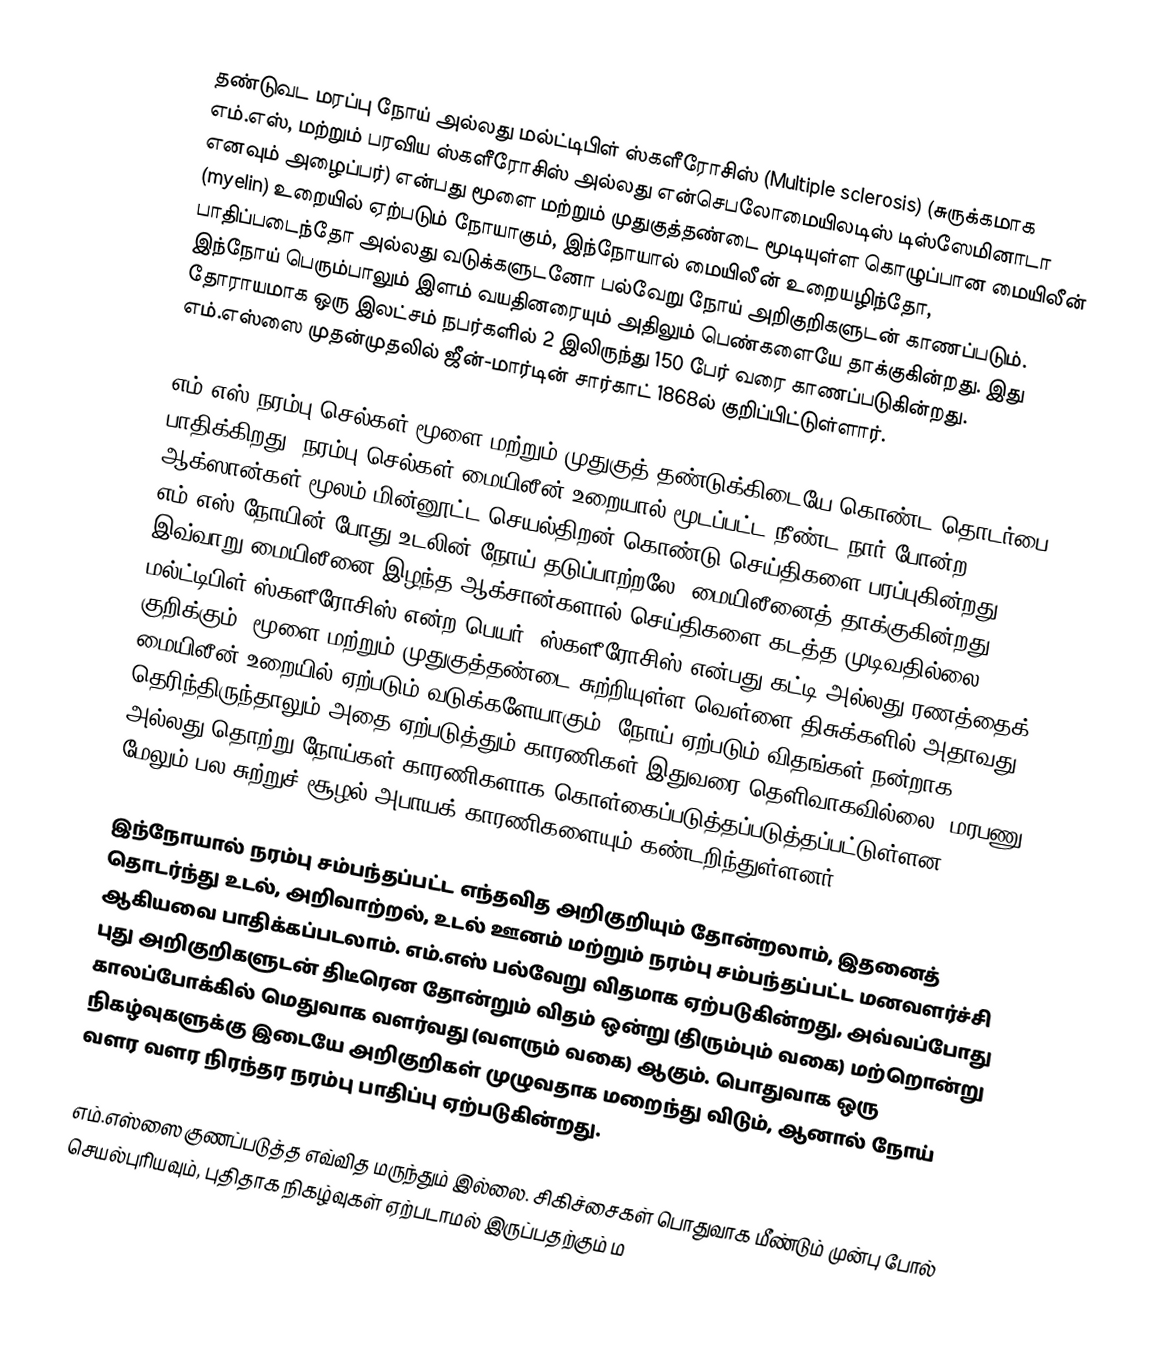
தண்டுவட மரப்பு நோய் அல்லது மல்ட்டிபிள் ஸ்களீரோசிஸ் (Multiple sclerosis) (சுருக்கமாக எம்.எஸ், மற்றும் பரவிய ஸ்களீரோசிஸ் அல்லது என்செபலோமையிலடிஸ் டிஸ்ஸேமினாடா எனவும் அழைப்பர்) என்பது மூளை மற்றும் முதுகுத்தண்டை மூடியுள்ள கொழுப்பான மையிலீன் (myelin) உறையில் ஏற்படும் நோயாகும், இந்நோயால் மையிலீன் உறையழிந்தோ, பாதிப்படைந்தோ அல்லது வடுக்களுடனோ பல்வேறு நோய் அறிகுறிகளுடன் காணப்படும். இந்நோய் பெரும்பாலும் இளம் வயதினரையும் அதிலும் பெண்களையே தாக்குகின்றது. இது தோராயமாக ஒரு இலட்சம் நபர்களில் 2 இலிருந்து 150 பேர் வரை காணப்படுகின்றது. எம்.எஸ்ஸை முதன்முதலில் ஜீன்-மார்டின் சார்காட் 1868ல் குறிப்பிட்டுள்ளார்.

எம்.எஸ் நரம்பு செல்கள் மூளை மற்றும் முதுகுத் தண்டுக்கிடையே கொண்ட தொடர்பை பாதிக்கிறது. நரம்பு செல்கள் மையிலீன் உறையால் மூடப்பட்ட நீண்ட நார் போன்ற ஆக்ஸான்கள் மூலம் மின்னூட்ட செயல்திறன் கொண்டு செய்திகளை பரப்புகின்றது. எம்.எஸ் நோயின் போது உடலின் நோய் தடுப்பாற்றலே [மையிலீனைத் தாக்குகின்றது. இவ்வாறு மையிலீனை இழந்த ஆக்சான்களால் செய்திகளை கடத்த முடிவதில்லை. மல்ட்டிபிள் ஸ்களீரோசிஸ் என்ற பெயர் (ஸ்களீரோசிஸ் என்பது கட்டி அல்லது ரணத்தைக் குறிக்கும்) மூளை மற்றும் முதுகுத்தண்டை சுற்றியுள்ள வெள்ளை திசுக்களில் அதாவது மையிலீன் உறையில் ஏற்படும் வடுக்களேயாகும். நோய் ஏற்படும் விதங்கள் நன்றாக தெரிந்திருந்தாலும் அதை ஏற்படுத்தும் காரணிகள் இதுவரை தெளிவாகவில்லை. மரபணு அல்லது தொற்று நோய்கள் காரணிகளாக கொள்கைப்படுத்தப்படுத்தப்பட்டுள்ளன. மேலும் பல சுற்றுச் சூழல் அபாயக் காரணிகளையும் கண்டறிந்துள்ளனர்.

இந்நோயால் நரம்பு சம்பந்தப்பட்ட எந்தவித அறிகுறியும் தோன்றலாம், இதனைத் தொடர்ந்து உடல், அறிவாற்றல், உடல் ஊனம் மற்றும் நரம்பு சம்பந்தப்பட்ட மனவளர்ச்சி ஆகியவை பாதிக்கப்படலாம். எம்.எஸ் பல்வேறு விதமாக ஏற்படுகின்றது, அவ்வப்போது புது அறிகுறிகளுடன் திடீரென தோன்றும் விதம் ஒன்று (திரும்பும் வகை) மற்றொன்று காலப்போக்கில் மெதுவாக வளர்வது (வளரும் வகை) ஆகும். பொதுவாக ஒரு நிகழ்வுகளுக்கு இடையே அறிகுறிகள் முழுவதாக மறைந்து விடும், ஆனால் நோய் வளர வளர நிரந்தர நரம்பு பாதிப்பு ஏற்படுகின்றது.

எம்.எஸ்ஸை குணப்படுத்த எவ்வித மருந்தும் இல்லை. சிகிச்சைகள் பொதுவாக மீண்டும் முன்பு போல் செயல்புரியவும், புதிதாக நிகழ்வுகள் ஏற்படாமல் இருப்பதற்கும் ம